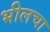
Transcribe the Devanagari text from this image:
भीलचा